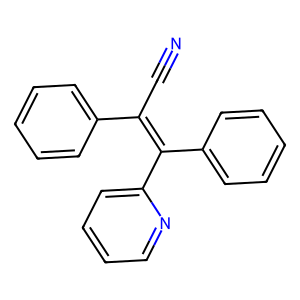
SMILES: N#CC(=C(c1ccccc1)c1ccccn1)c1ccccc1
Inhibits HIV replication: No